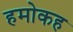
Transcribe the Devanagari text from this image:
हमोकह